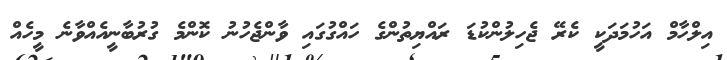
އިލްހާމް އަހުމަދަކީ ކެރޭ ޖެހިލުންކުޑަ ރައްޔިތުންގެ ހައްގުގައި ވާންޖެހުނު ކޮންމެ ގުރުބާނީއެއްވާނެ މީހެއް